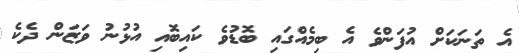
އެ ތަނަކަށް އުފަންވެ އެ ބިމެއްގައި ބޮޑުވެ ކައިބޮއި އުޅުނު ވަޒަން ދެކެ